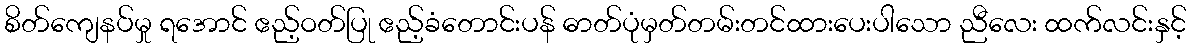
စိတ်ကျေနပ်မှု ရအောင် ဧည့်ဝတ်ပြု ဧည့်ခံတောင်းပန် ဓာတ်ပုံမှတ်တမ်းတင်ထားပေးပါသော ညီလေး ထက်လင်းနှင့်